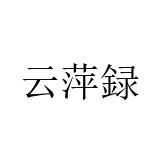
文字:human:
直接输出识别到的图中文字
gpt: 云萍録